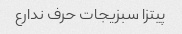
پیتزا سبزیجات حرف ندارع